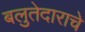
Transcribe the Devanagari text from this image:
बलुतेदाराचे